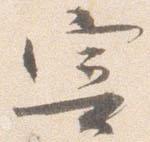
寄